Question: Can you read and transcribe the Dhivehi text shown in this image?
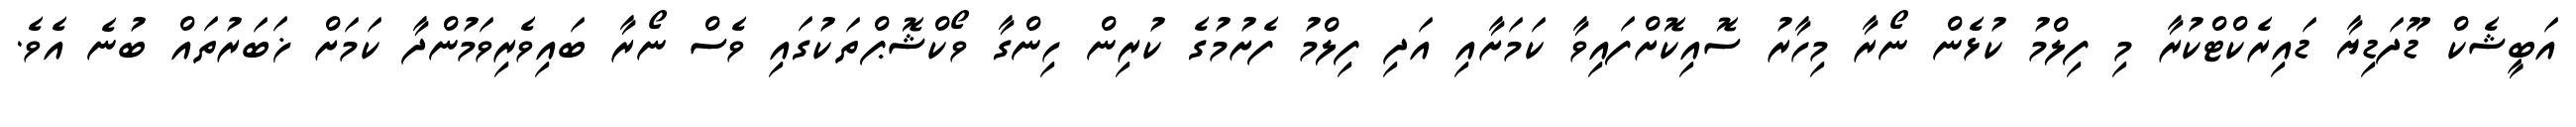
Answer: އަބީޝެކް ޑޫދަޑިޔާ ޑައިރެކްޓްކުރާ މި ފިލްމު ކުޅެން ނޯރާ މިހާރު ސޮއިކޮށްފައިވާ ކަމަށާއި އަދި ފިލްމު ފެށުމުގެ ކުރިން ހިންގާ ވޯކްޝޮޕްތަކުގައި ވެސް ނޯރާ ބައިވެރިވަމުންދާ ކަމަށް ޚަބަރުތައް ބުނެ އެވެ.